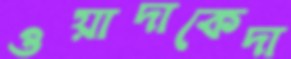
ওয়াদাকেদা